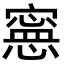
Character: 𡫇